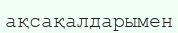
ақсақалдарымен